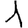
Digit: 1